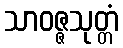
သာဝဇ္ဇသုတ္တံ